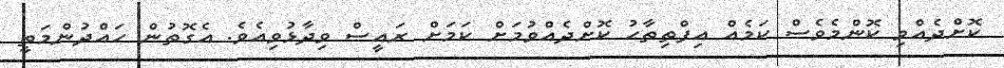
ކޮށްދެއްވި ކޮންމެވެސް ކަމެއް އިފްތިތާޙު ކޮށްދެއްވުމަށް ކަމަށް ރައީސް ވިދާޅުވިއެވެ. އެގޮތުން ހައްދުންމަތީ